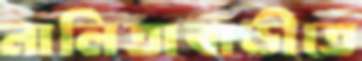
নালিতাবাড়ীতে